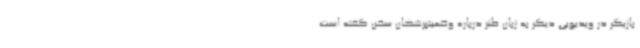
بازیگر در ویدیویی دیگر به زبان طنز درباره وضعیتپزشکان سخن گفته است